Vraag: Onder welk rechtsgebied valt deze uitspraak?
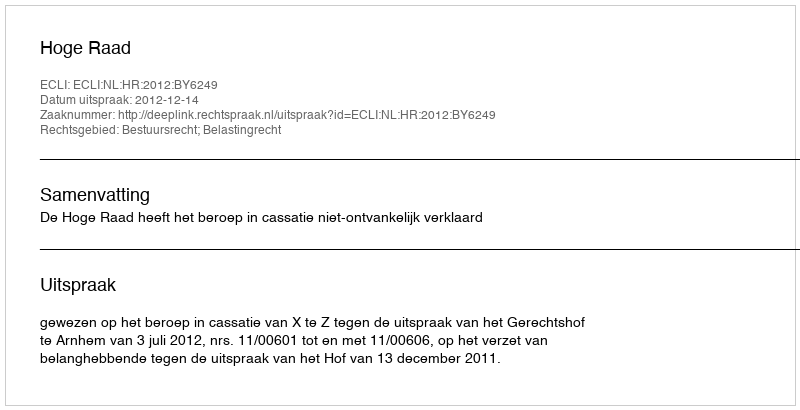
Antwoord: Bestuursrecht; Belastingrecht